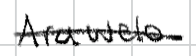
Text: Arawelo
Cross-out: single-line
Writing tool: digital_black